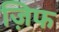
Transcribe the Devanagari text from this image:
ज़िफ